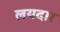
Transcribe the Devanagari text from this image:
लयदार